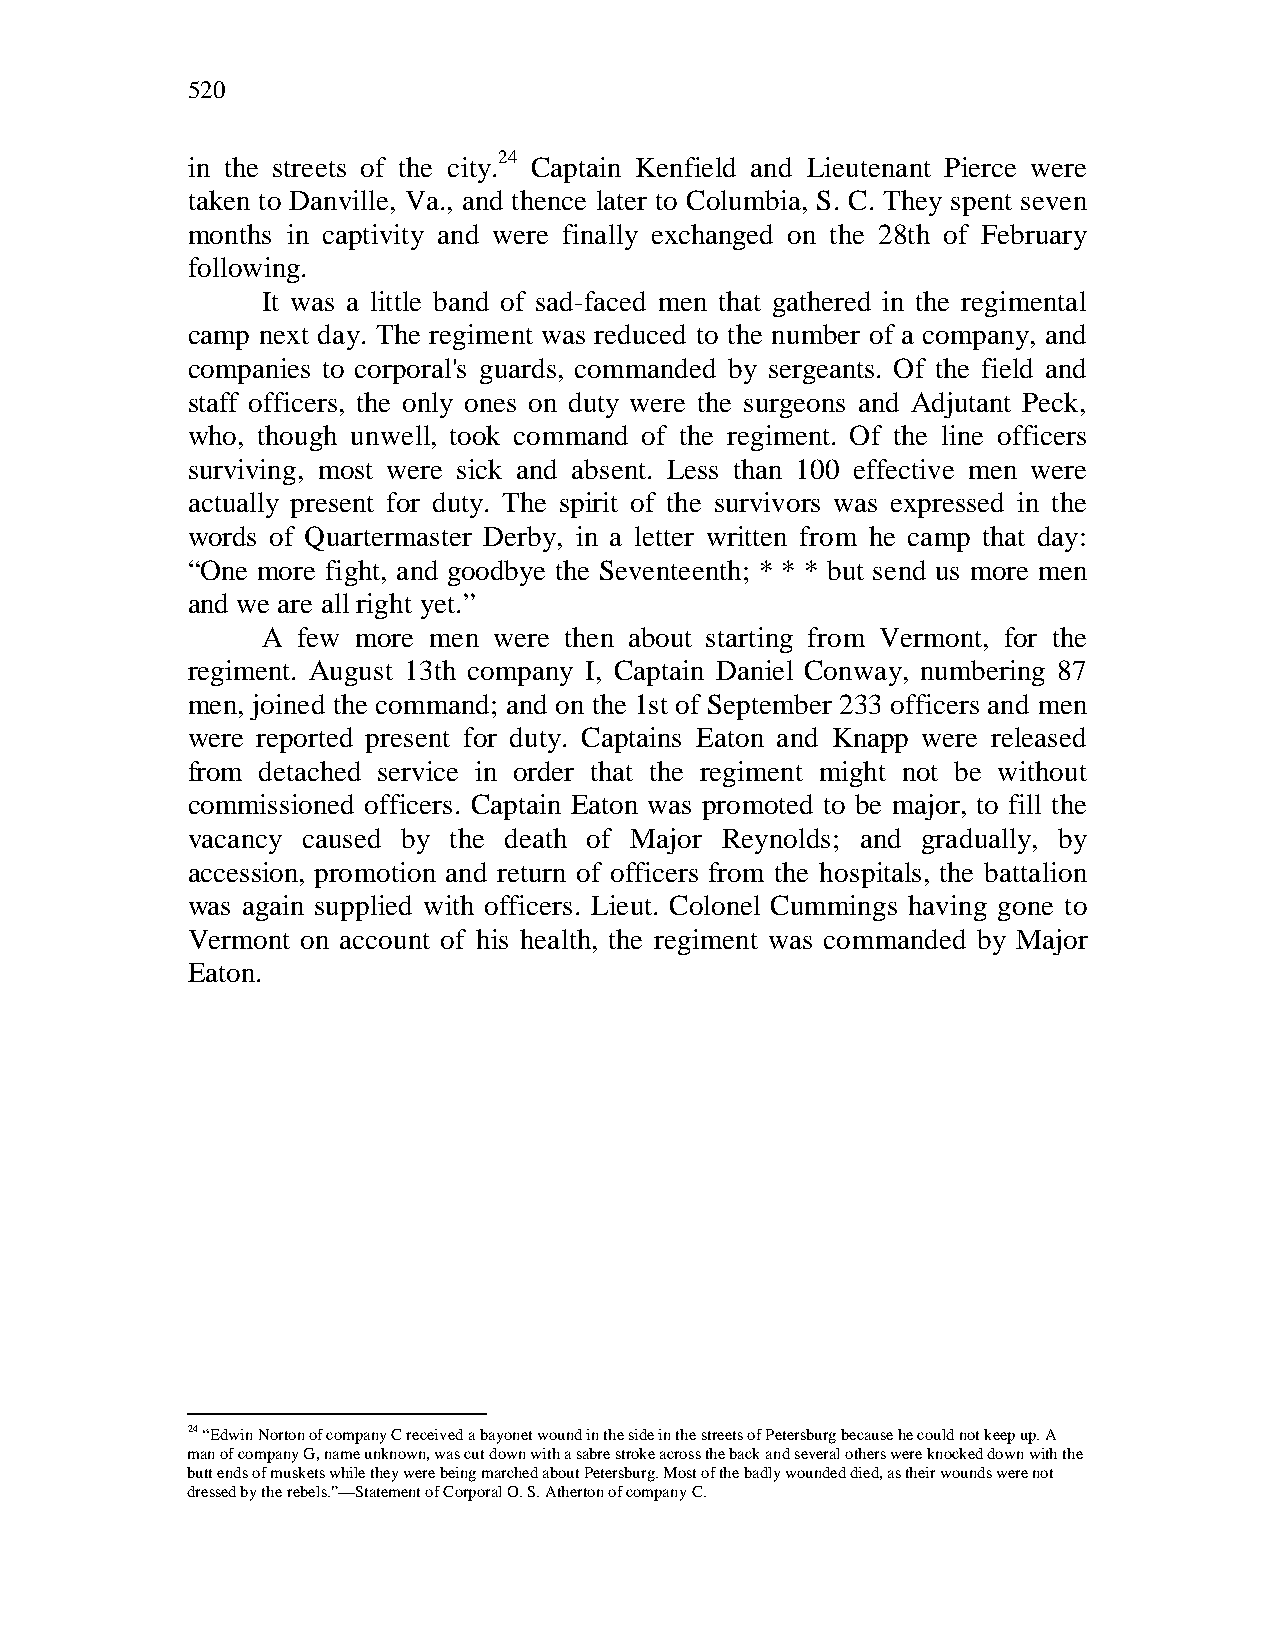
520
 in the streets of the city.24 Captain Kenfield and Lieutenant Pierce were
 taken to Danville, Va., and thence later to Columbia, S. C. They spent seven
 months in captivity and were finally exchanged on the 28th of February
 following.
 It was a little band of sad-faced men that gathered in the regimental
 camp next day. The regiment was reduced to the number of a company, and
 companies to corporal's guards, commanded by sergeants. Of the field and
 staff officers, the only ones on duty were the surgeons and Adjutant Peck,
 who, though unwell, took command of the regiment. Of the line officers
 surviving, most were sick and absent. Less than 100 effective men were
 actually present for duty. The spirit of the survivors was expressed in the
 words of Quartermaster Derby, in a letter written from he camp that day:
 “One more fight, and goodbye the Seventeenth; * * * but send us more men
 and we are all right yet.”
 A  few more men were then about starting from Vermont, for the
 regiment. August 13th company I, Captain Daniel Conway, numbering 87
 men, joined the command; and on the 1st of September 233 officers and men
 were reported present for duty. Captains Eaton and Knapp were released
 from detached service in order that the regiment might not be without
 commissioned officers. Captain Eaton was promoted to be major, to fill the
 vacancy caused by the death of Major Reynolds; and gradually, by
 accession, promotion and return of officers from the hospitals, the battalion
 was again supplied with officers. Lieut. Colonel Cummings having gone to
 Vermont on account of his health, the regiment was commanded by Major
 Eaton.
 24 “Edwin Norton of company C received a bayonet wound in the side in the streets of Petersburg because he could not keep up. A
 man of company G, name unknown, was cut down with a sabre stroke across the back and several others were knocked down with the
 butt ends of muskets while they were being marched about Petersburg. Most of the badly wounded died, as their wounds were not
 dressed by the rebels.”—Statement of Corporal O. S. Atherton of company C.